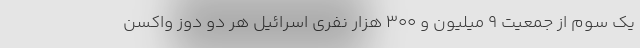
یک سوم از جمعیت ۹ میلیون و ۳۰۰ هزار نفری اسرائیل هر دو دوز واکسن